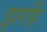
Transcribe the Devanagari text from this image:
झरहिं